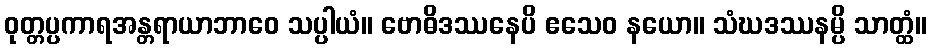
ဝုတ္တပ္ပကာရအန္တရာယာဘာဝေ သပ္ပါယံ။ ဗောဓိဒဿနေပိ ဧသေဝ နယော။ သံဃဒဿနမ္ပိ သာတ္ထံ။